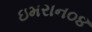
ઇમરાન૦૪